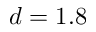
d = 1 . 8